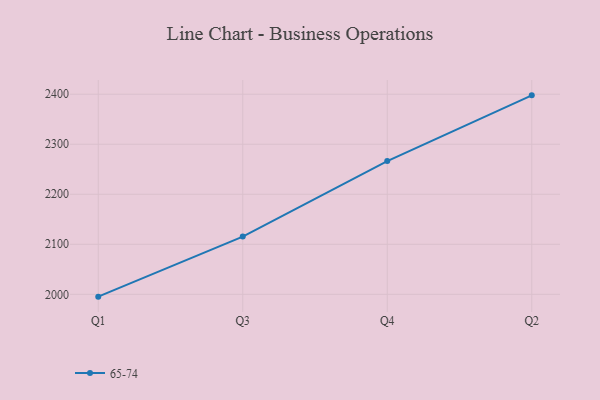
{"axis": {"x": "Quarter", "y": "Shipments"}, "legend": ["65-74"], "data": [{"x": "Q1", "y": 1995.3, "type": "65-74"}, {"x": "Q3", "y": 2115.4, "type": "65-74"}, {"x": "Q4", "y": 2266.3, "type": "65-74"}, {"x": "Q2", "y": 2397.7, "type": "65-74"}]}